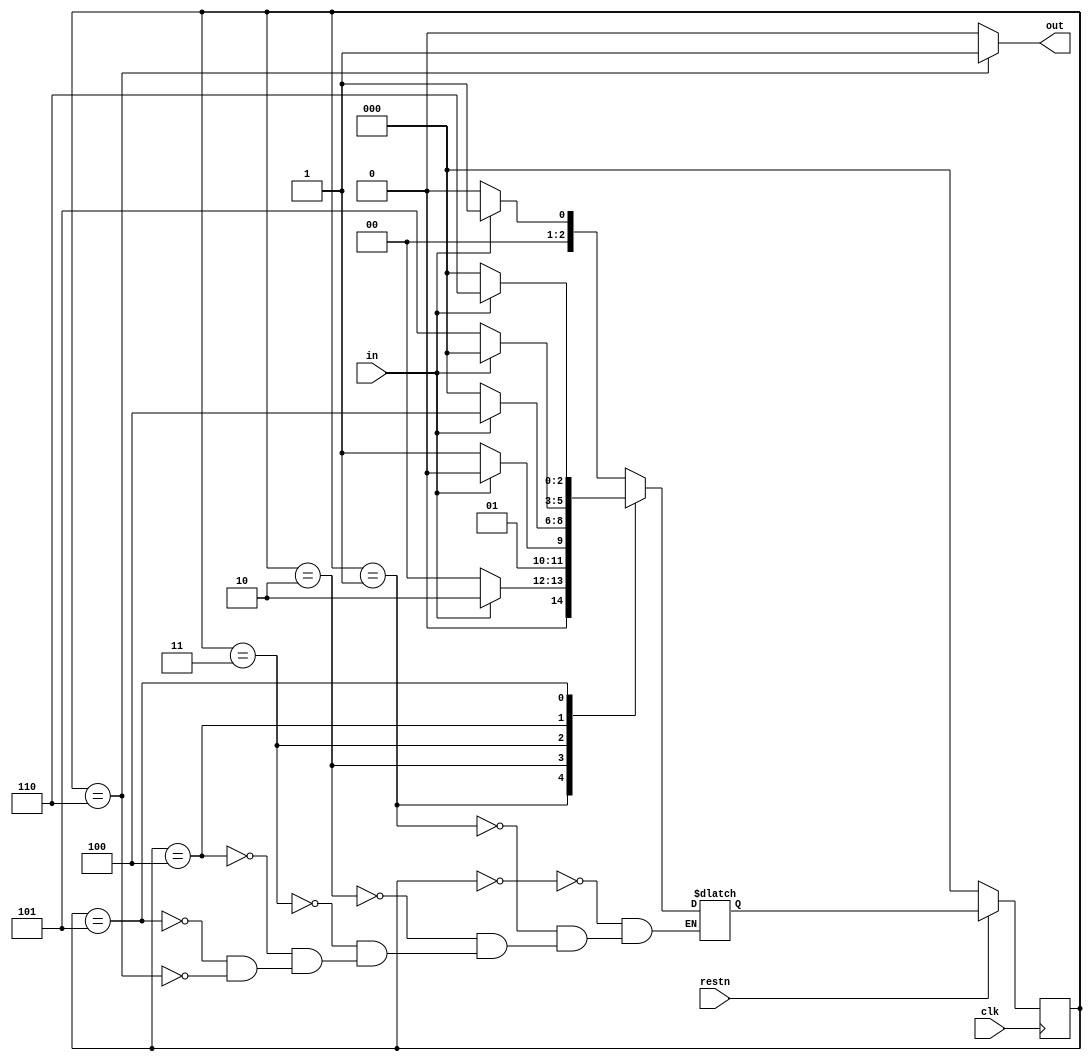
module pattern_detector_Moore (
    input clk,
    input restn,
    input in,
    output out
);

// Binary Encoding
parameter IDLE = 3'b000,
          S1 = 3'b001, 
          S11 = 3'b010, 
          S110 = 3'b011, 
          S1101 = 3'b100,
          S11010 = 3'b101, 
          S110101 = 3'b110;

reg [2:0] current_state, next_state;

// In the Moore FSM, output only depends on current state
assign out = current_state == S110101 ? 1 : 0;

// update current state
always @(posedge clk) begin // synchronous reset
    if (!restn)
        current_state <= IDLE;
    else
        current_state <= next_state;
end

// update next state
always @(current_state or in) begin
    case (current_state)
        IDLE : begin
            if (in)
                next_state = S1;
            else
                next_state = IDLE;
        end
        S1 : begin
            if (in)
                next_state = S11;
            else
                next_state = IDLE;
        end
        S11 : begin
            if (!in)
                next_state = S110;
            else
                next_state = S11;
        end
        S110 : begin
            if (in)
                next_state = S1101;
            else
                next_state = IDLE;
        end
        S1101 : begin
            if (!in)
                next_state = S11010;
            else
                next_state = IDLE;
        end
        S11010 : begin
            if (in)
                next_state = S110101;
            else
                next_state = IDLE;
        end
        S110101 : begin
            if (in)
                next_state = S1;
            else
                next_state = IDLE;
        end
    endcase
end
    
endmodule